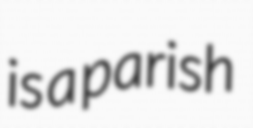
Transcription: is a parish